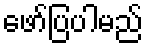
ဖော်ပြပါမည်